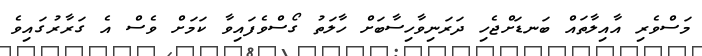
މަސްވެރި އާއިލާތައް ބަނޑަށްޖެހި ދަރަނިވާހިސާބަށް ހާލަތު ގޯސްވެފައިވާ ކަމަށް ވެސް އެ ގަރާރުގައިވެ